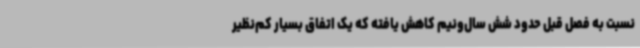
نسبت به فصل قبل حدود شش سال‌ونیم کاهش یافته که یک اتفاق بسیار کم‌نظیر